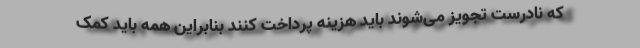
که نادرست تجویز می‌شوند باید هزینه پرداخت کنند بنابراین همه باید کمک